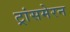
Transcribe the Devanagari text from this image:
ट्रांसमेरन